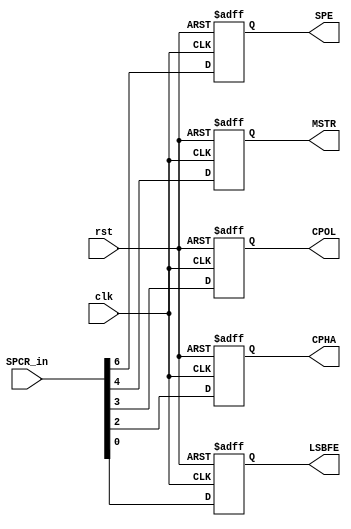
`default_nettype none

module SPCR(
    input wire [7:0] SPCR_in,
    input wire clk, rst,
    output reg SPE, MSTR, CPOL, CPHA, LSBFE
);

always @(posedge clk or negedge rst) begin
    if(~rst)begin
      SPE <= 0; MSTR <= 0; CPOL <= 0; CPHA <= 0; LSBFE <= 0;
    end
    else begin
      SPE <= SPCR_in[6]; //SPI enable
      MSTR <= SPCR_in[4]; // Master or slave
      CPOL <= SPCR_in[3]; //Clock polarity
      CPHA <= SPCR_in[2]; //Clock phase
      LSBFE <= SPCR_in[0]; //Most sig bit or least sig bit first
    end
end
endmodule